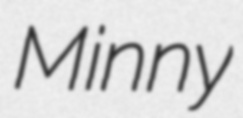
Minny